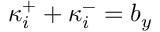
\kappa _ { i } ^ { + } + \kappa _ { i } ^ { - } = b _ { y }